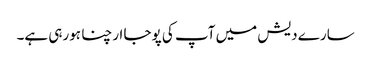
سارے دیش میں آپ کی پوجا ارچنا ہورہی ہے۔